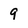
Character: 9